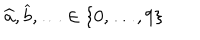
\widehat { a } , \widehat { b } , \ldots \in \{ 0 , \ldots , 9 \}